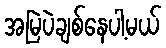
အမြဲပဲချစ်နေပါ့မယ်